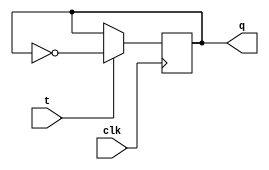
module t_ff (
    input clk, // clock signal
    input t, // toggle input
    output reg q // output
);

always @(posedge clk) begin
    if(t == 1'b1) begin
        q <= ~q; // toggle the output
    end
end

endmodule